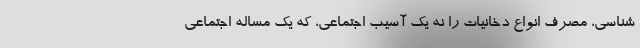
شناسی، مصرف انواع دخانیات را نه یک آسیب اجتماعی، که یک مساله اجتماعی